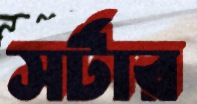
সর্টার